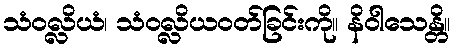
သံဝလ္လိယံ၊ သံဝလ္လိယဝတ်ခြင်းကို။ နိဝါသေန္တိ။